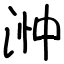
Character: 浺